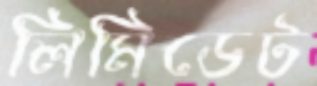
লিমিডেট